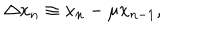
LaTeX: \Delta x _ { n } \equiv x _ { n } - \mu x _ { n - 1 } ,